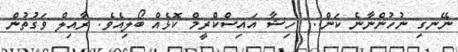
ނޭނގި ނުހުންނާނެ ކަން..  ހިޝާ އައިސްކްރީމް ކޮޅެއް ބޯލިއެވެ. ރާއިލް ވަގުތުން